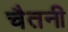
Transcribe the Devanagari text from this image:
चैतनी